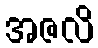
အဇလိ